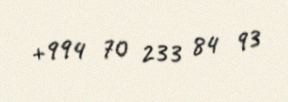
+994 70 233 84 93